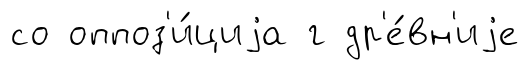
со оппоз'и́циjа г др'е́вн'иjе